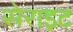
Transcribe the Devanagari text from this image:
सेराइट